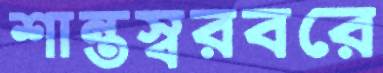
শান্তস্বরবরে